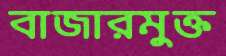
বাজারমুক্ত